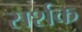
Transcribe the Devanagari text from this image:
सर्शक